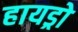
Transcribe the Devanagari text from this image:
हायड्रो